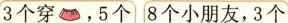
3个穿，5个 8个小朋友，3个